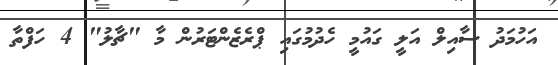
އަހުމަދު ސާއިލް އަލީ ގައުމީ ހެދުމުގައި ޕްރެޒެންޓަރުން މާ "ޗާލު" 4 ހަފްތާ